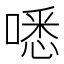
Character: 㗭